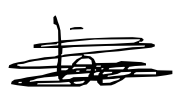
Text: be
Cross-out: scratch
Writing tool: digital_black